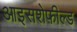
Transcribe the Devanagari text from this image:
आइसशेफ़ील्ड